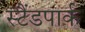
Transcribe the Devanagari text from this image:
स्टैंडपार्क